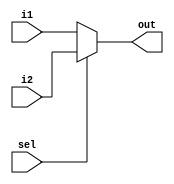
///////////////////////////////////////////////////////////////////
//		Multiplexer 2 - 1
///////////////////////////////////////////////////////////////////
module MUX2_1 (i1, i2, sel, out);
input i1;
input i2;
input sel;
output out;
assign out = sel ? i2 : i1;
endmodule



///////////////////////////////////////////////////////////////////
//		D FlipFlop
///////////////////////////////////////////////////////////////////

module D_FF( D, CLK, RstBar, Q);
input D, CLK, RstBar;
output Q;
reg Q;
always @(posedge CLK or negedge RstBar)
begin
	if(RstBar == 1'b0)
		Q = 1'b0;
	else if (CLK == 1'b1)
		Q = D;
end
endmodule